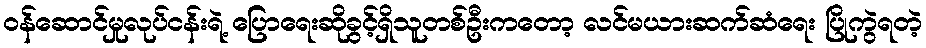
ဝန်ဆောင်မှုလုပ်ငန်းရဲ့ ပြောရေးဆိုခွင့်ရှိသူတစ်ဦးကတော့ လင်မယားဆက်ဆံရေး ပြိုကွဲရတဲ့